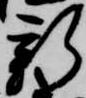
新